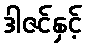
ဒါဇင်နှင့်